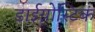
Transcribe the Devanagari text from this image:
डाईग्नोस्टिक